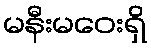
မနီးမဝေးရှိ